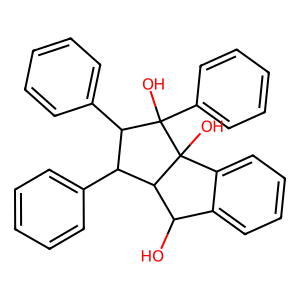
SMILES: OC1c2ccccc2C2(O)C1C(c1ccccc1)C(c1ccccc1)C2(O)c1ccccc1
Inhibits HIV replication: No